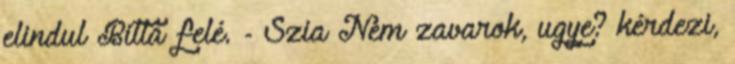
elindul Bitta felé. - Szia Nem zavarok, ugye? kérdezi,